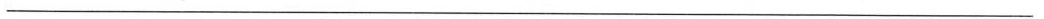
___